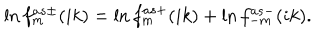
LaTeX: \ln f _ { m } ^ { a s \pm } ( i k ) = \ln f _ { m } ^ { a s + } ( i k ) + \ln f _ { - m } ^ { a s - } ( i k ) .